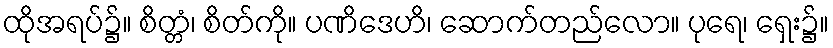
ထိုအရပ်၌။ စိတ္တံ၊ စိတ်ကို။ ပဏိဒေဟိ၊ ဆောက်တည်လော။ ပုရေ၊ ရှေး၌။